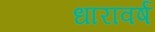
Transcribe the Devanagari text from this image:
धारावर्ष